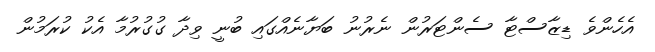
އެހެންވެ ޑިޒާސްޓާ ސެންޓަރުން ނެރުނު ބަޔާނެއްގައި ބުނީ ވިދާ ގުގުރުމާ އެކު ކުރަމުން